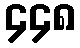
၄၄၈